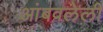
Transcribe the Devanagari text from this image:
आंबवलेली